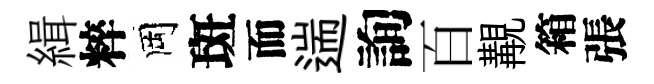
緝粹岡斑而遄詢百覯箱張